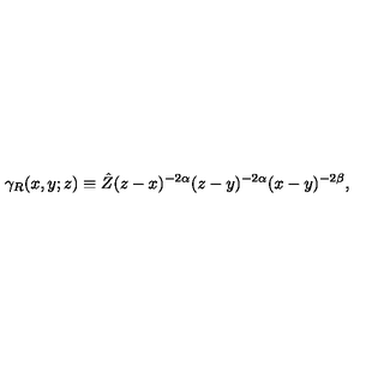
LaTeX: \gamma _ { R } ( x , y ; z ) \equiv \hat { Z } ( z - x ) ^ { - 2 \alpha } ( z - y ) ^ { - 2 \alpha } ( x - y ) ^ { - 2 \beta } ,